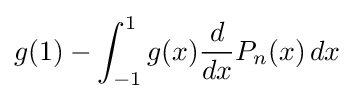
g(1)-\int _{-1}^{1}g(x){\frac {d}{dx}}P_{n}(x)\,dx